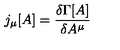
j _ { \mu } [ A ] = \frac { \delta \Gamma [ A ] } { \delta A ^ { \mu } }